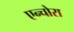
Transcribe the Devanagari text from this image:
एन्चोरा